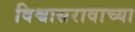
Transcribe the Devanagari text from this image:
विश्वासरावाच्या